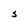
Character: s